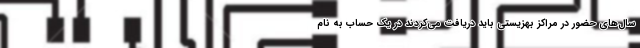
سال‌های حضور در مراکز بهزیستی باید دریافت می‌کردند در یک حساب به نام